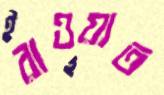
রাওয়াত